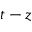
t - z